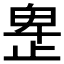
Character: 𰙮